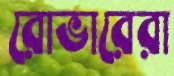
রোভারেরা